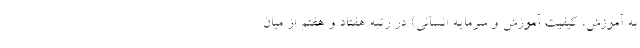
به آموزش، کیفیت آموزش و سرمایه انسانی) در رتبه هفتاد و هفتم از میان